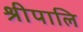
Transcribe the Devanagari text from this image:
श्रीपालि